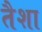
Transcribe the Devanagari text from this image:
तैशा